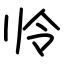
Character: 𫥻